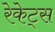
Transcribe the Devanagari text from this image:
रेकेट्स